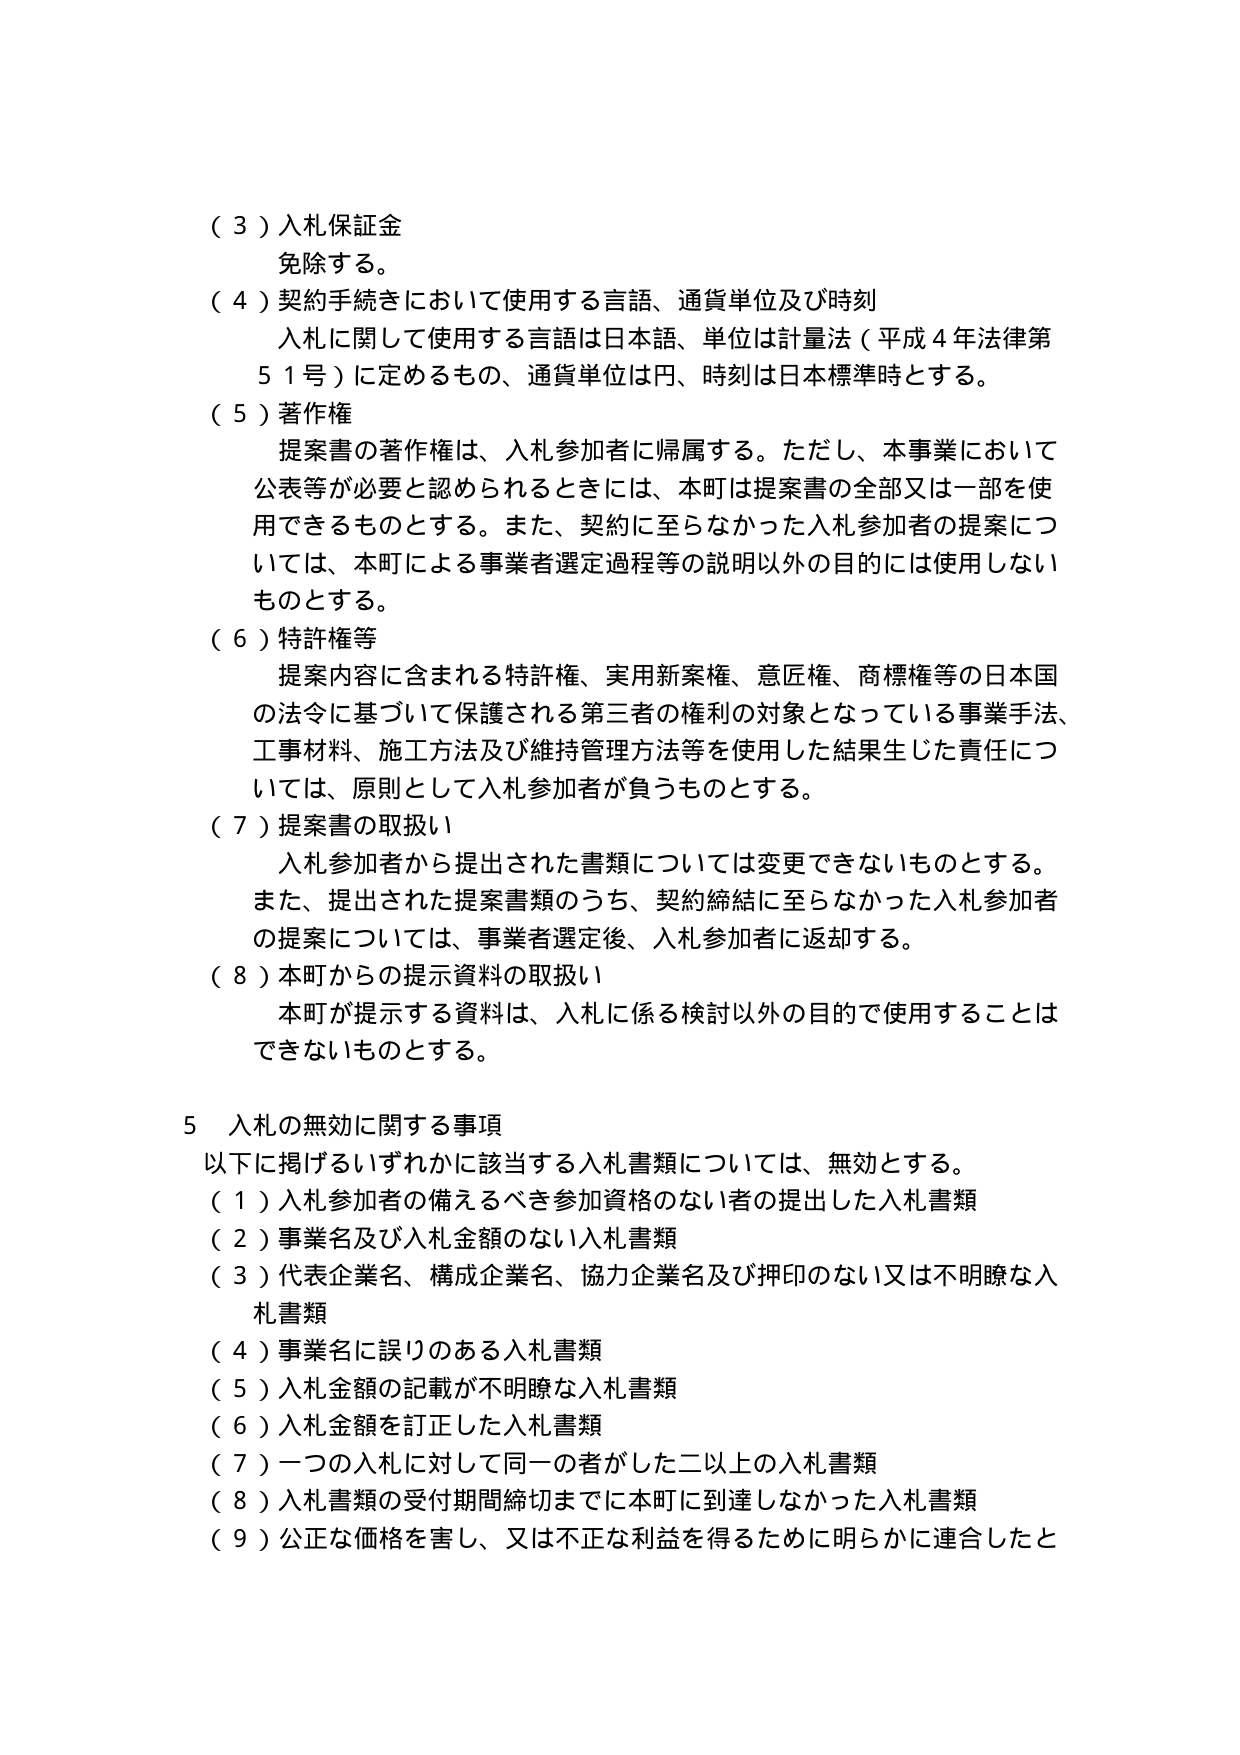
（３）入札保証金
免除する。

（４）契約手続きにおいて使用する言語、通貨単位及び時刻
入札に関して使用する言語は日本語、単位は計量法（平成４年法律第５１号）に定めるもの、通貨単位は円、時刻は日本標準時とする。

（５）著作権
提案書の著作権は、入札参加者に帰属する。ただし、本事業において公表等が必要と認められるときには、本町は提案書の全部又は一部を使用できるものとする。また、契約に至らなかった入札参加者の提案については、本町による事業者選定過程等の説明以外の目的には使用しないものとする。

（６）特許権等
提案内容に含まれる特許権、実用新案権、意匠権、商標権等の日本国の法令に基づいて保護される第三者の権利の対象となっている事業手法、工事材料、施工方法及び維持管理方法等を使用した結果生じた責任については、原則として入札参加者が負うものとする。

（７）提案書の取扱い
入札参加者から提出された書類については変更できないものとする。また、提出された提案書類のうち、契約締結に至らなかった入札参加者の提案については、事業者選定後、入札参加者に返却する。

（８）本町からの提示資料の取扱い
本町が提示する資料は、入札に係る検討以外の目的で使用することはできないものとする。

５ 入札の無効に関する事項
以下に掲げるいずれかに該当する入札書類については、無効とする。
（１）入札参加者の備えるべき参加資格のない者の提出した入札書類
（２）事業名及び入札金額のない入札書類
（３）代表企業名、構成企業名、協力企業名及び押印のない又は不明瞭な入札書類
（４）事業名に誤りのある入札書類
（５）入札金額の記載が不明瞭な入札書類
（６）入札金額を訂正した入札書類
（７）一つの入札に対して同一の者がした二以上の入札書類
（８）入札書類の受付期間締切までに本町に到達しなかった入札書類
（９）公正な価格を害し、又は不正な利益を得るために明らかに連合したと